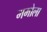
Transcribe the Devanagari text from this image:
ममोला